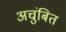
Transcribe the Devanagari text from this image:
अचुंबित